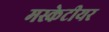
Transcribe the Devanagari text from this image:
मस्केटीयर